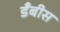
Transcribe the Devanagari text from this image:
डँबीस